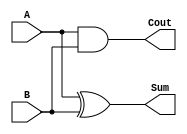
module HA(
    input  A,
    input  B,
    output Sum,
    output Cout);

    xor (Sum, A, B);
    and (Cout, A, B);

endmodule